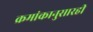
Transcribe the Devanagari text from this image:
क्रमांकानुसारही